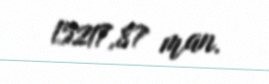
15217,87 man.